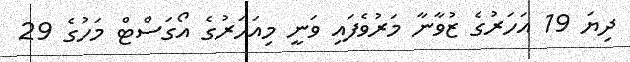
ދިޔަ 19 އަހަރުގެ ޒުވާނާ މަރުވެފައި ވަނީ މިއަހަރުގެ އޯގަސްޓް މަހުގެ 29